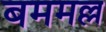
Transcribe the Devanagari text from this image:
बममल्ल